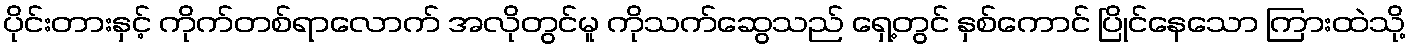
ပိုင်းတားနှင့် ကိုက်တစ်ရာလောက် အလိုတွင်မူ ကိုသက်ဆွေသည် ရှေ့တွင် နှစ်ကောင် ပြိုင်နေသော ကြားထဲသို့